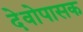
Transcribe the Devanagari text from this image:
देवोपासक